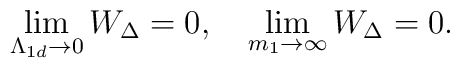
\lim _{\Lambda _{1d} \rightarrow 0}W_{\Delta }=0,\quad\lim _{m_{1} \rightarrow \infty }W_{\Delta }=0.